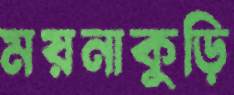
ময়নাকুড়ি